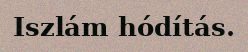
Iszlám hódítás.